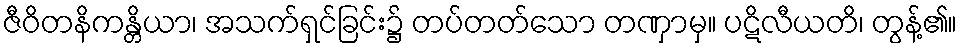
ဇီဝိတနိကန္တိယာ၊ အသက်ရှင်ခြင်း၌ တပ်တတ်သော တဏှာမှ။ ပဋိလီယတိ၊ တွန့်၏။